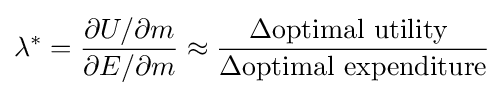
\,\!\lambda ^{*}={\frac {\partial U/\partial m}{\partial E/\partial m}}\approx {\frac {\Delta {\text{optimal utility }}}{\Delta {\text{optimal expenditure}}}}